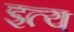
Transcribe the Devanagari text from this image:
इत्य